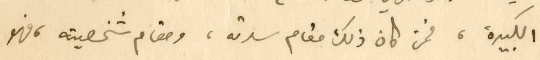
الكبيرة، فمن كان ذلك مقام سدته، ومقام شخصيته، فهو